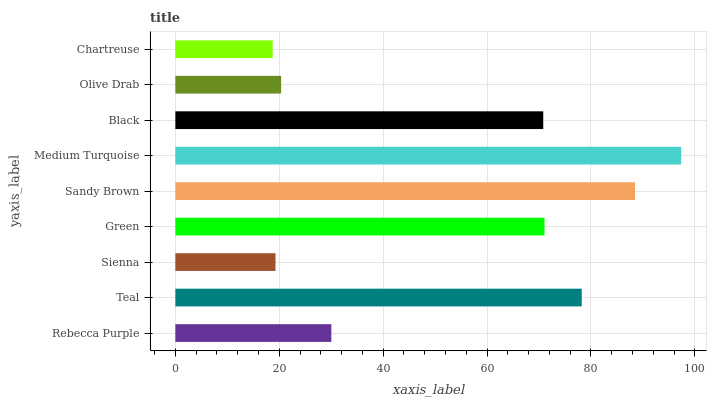
| yaxis_label | bars |
 | --- | --- |
 | Rebecca Purple | 30 |
 | Teal | 78.2 |
 | Sienna | 19.3 |
 | Green | 71.1 |
 | Sandy Brown | 88.5 |
 | Medium Turquoise | 97.4 |
 | Black | 70.8 |
 | Olive Drab | 20.4 |
 | Chartreuse | 18.7 |